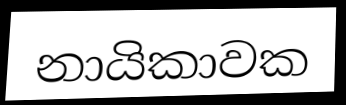
නායිකාවක